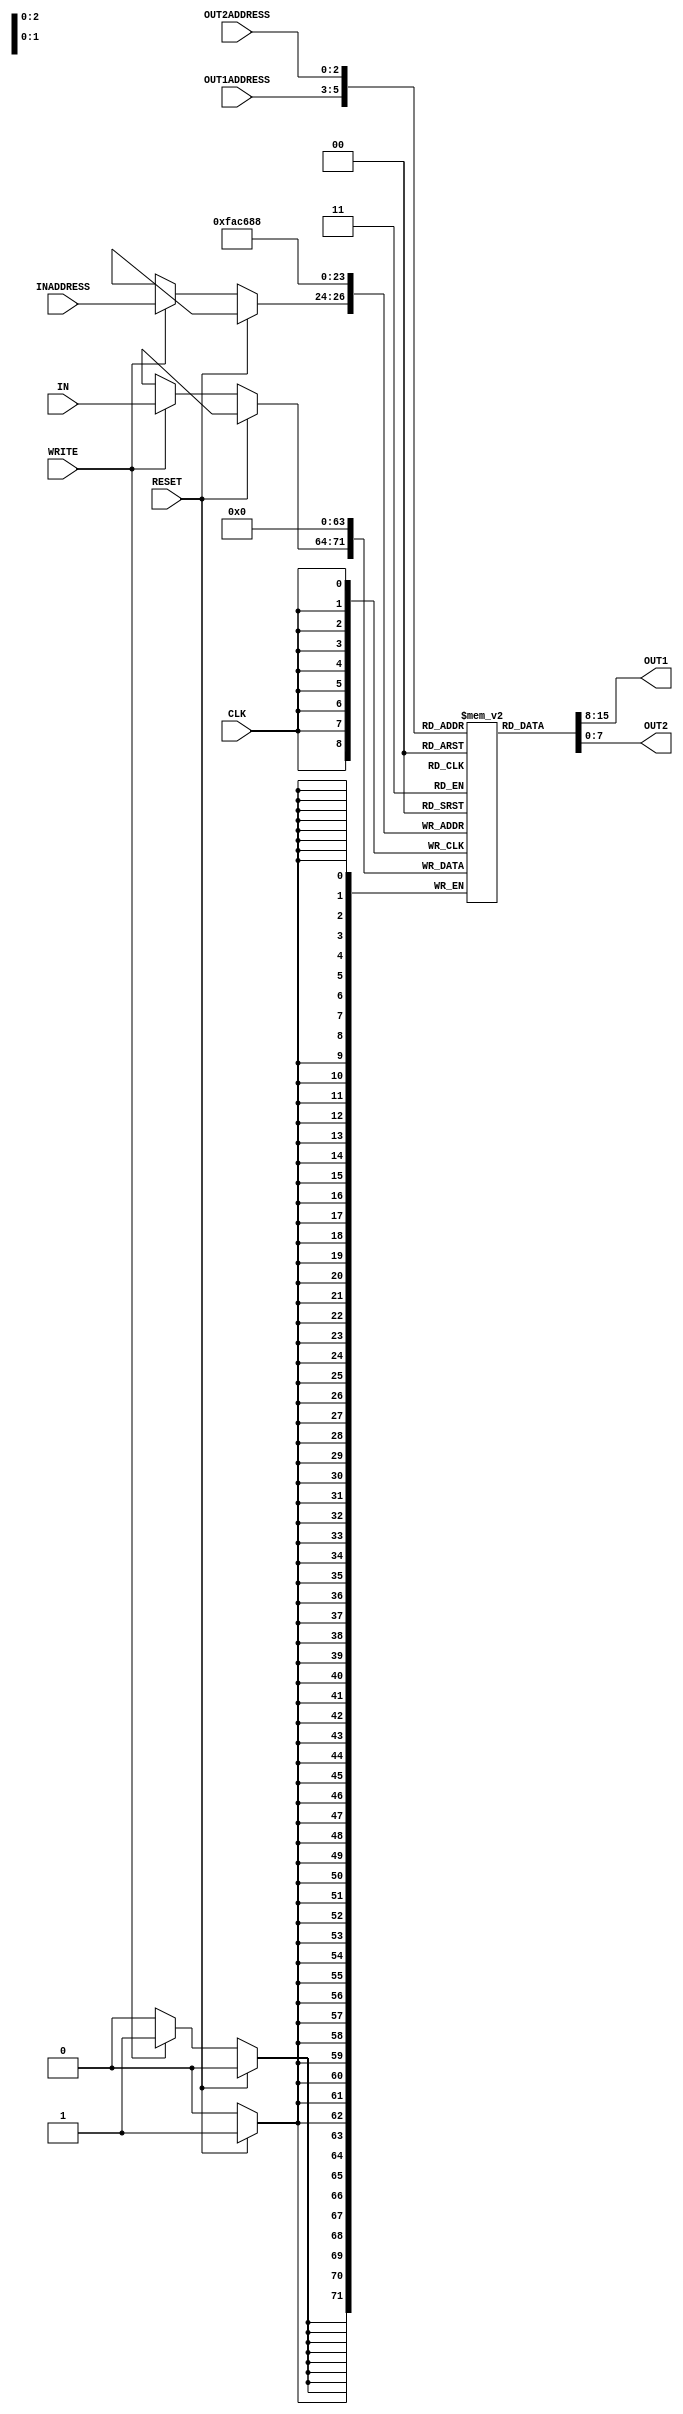
module reg_file(IN, OUT1, OUT2, INADDRESS, OUT1ADDRESS, OUT2ADDRESS, WRITE, CLK, RESET);
    // Declare input
    input [7:0] IN;
	input [2:0] INADDRESS, OUT1ADDRESS, OUT2ADDRESS;
	input WRITE, CLK, RESET;
    // Declare output
	output [7:0] OUT1, OUT2;
	
	
	
	// 8 x 8 register
	reg [7:0] REGISTER [7:0];

	//iterative variable
	integer i;
	
	
	//assigning the outputs
	assign #2 OUT1 = REGISTER[OUT1ADDRESS];		//assign the value that storesd in OUT1ADDRESS
	assign #2 OUT2 = REGISTER[OUT2ADDRESS];		//assign the value that storesd in OUT2ADDRESS
	
	
	always @ (posedge CLK)
	begin
		if (RESET == 1'b1)		
		begin		
			for (i = 0; i < 8; i = i + 1)			
			begin
				REGISTER[i] = 8'b00000000;		
			end			
		end
		else if (WRITE == 1'b1)			
		begin		
			#1 REGISTER[INADDRESS] = IN;			
		end		
	end	
endmodule